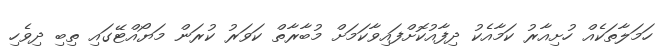
ހަމަލާތަކެއް ހުށިއާރު ކަމާއެކު ދިފާއުކޮށްފައިވާކަމަށް މުބާރާތް ކަވަރު ކުރަން މަޔޯއްޓޭގައި ތިބި ދިވެހި